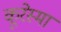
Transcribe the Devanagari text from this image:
कूरेस्मा